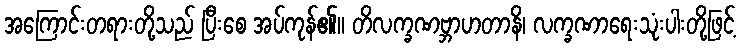
အကြောင်းတရားတို့သည် ပြီးစေ အပ်ကုန်၏။ တိလက္ခဏဗ္ဘာဟတာနိ၊ လက္ခဏာရေးသုံးပါးတို့ဖြင့်